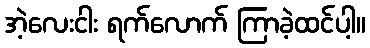
အဲ့လေးငါး ရက်လောက် ကြာခဲ့ထင်ပါ့။